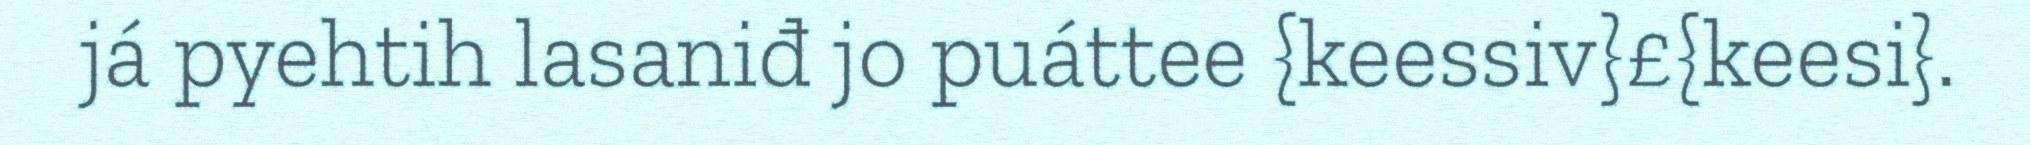
já pyehtih lasaniđ jo puáttee {keessiv}£{keesi}.